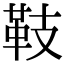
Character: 𩉨